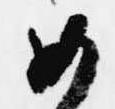
如